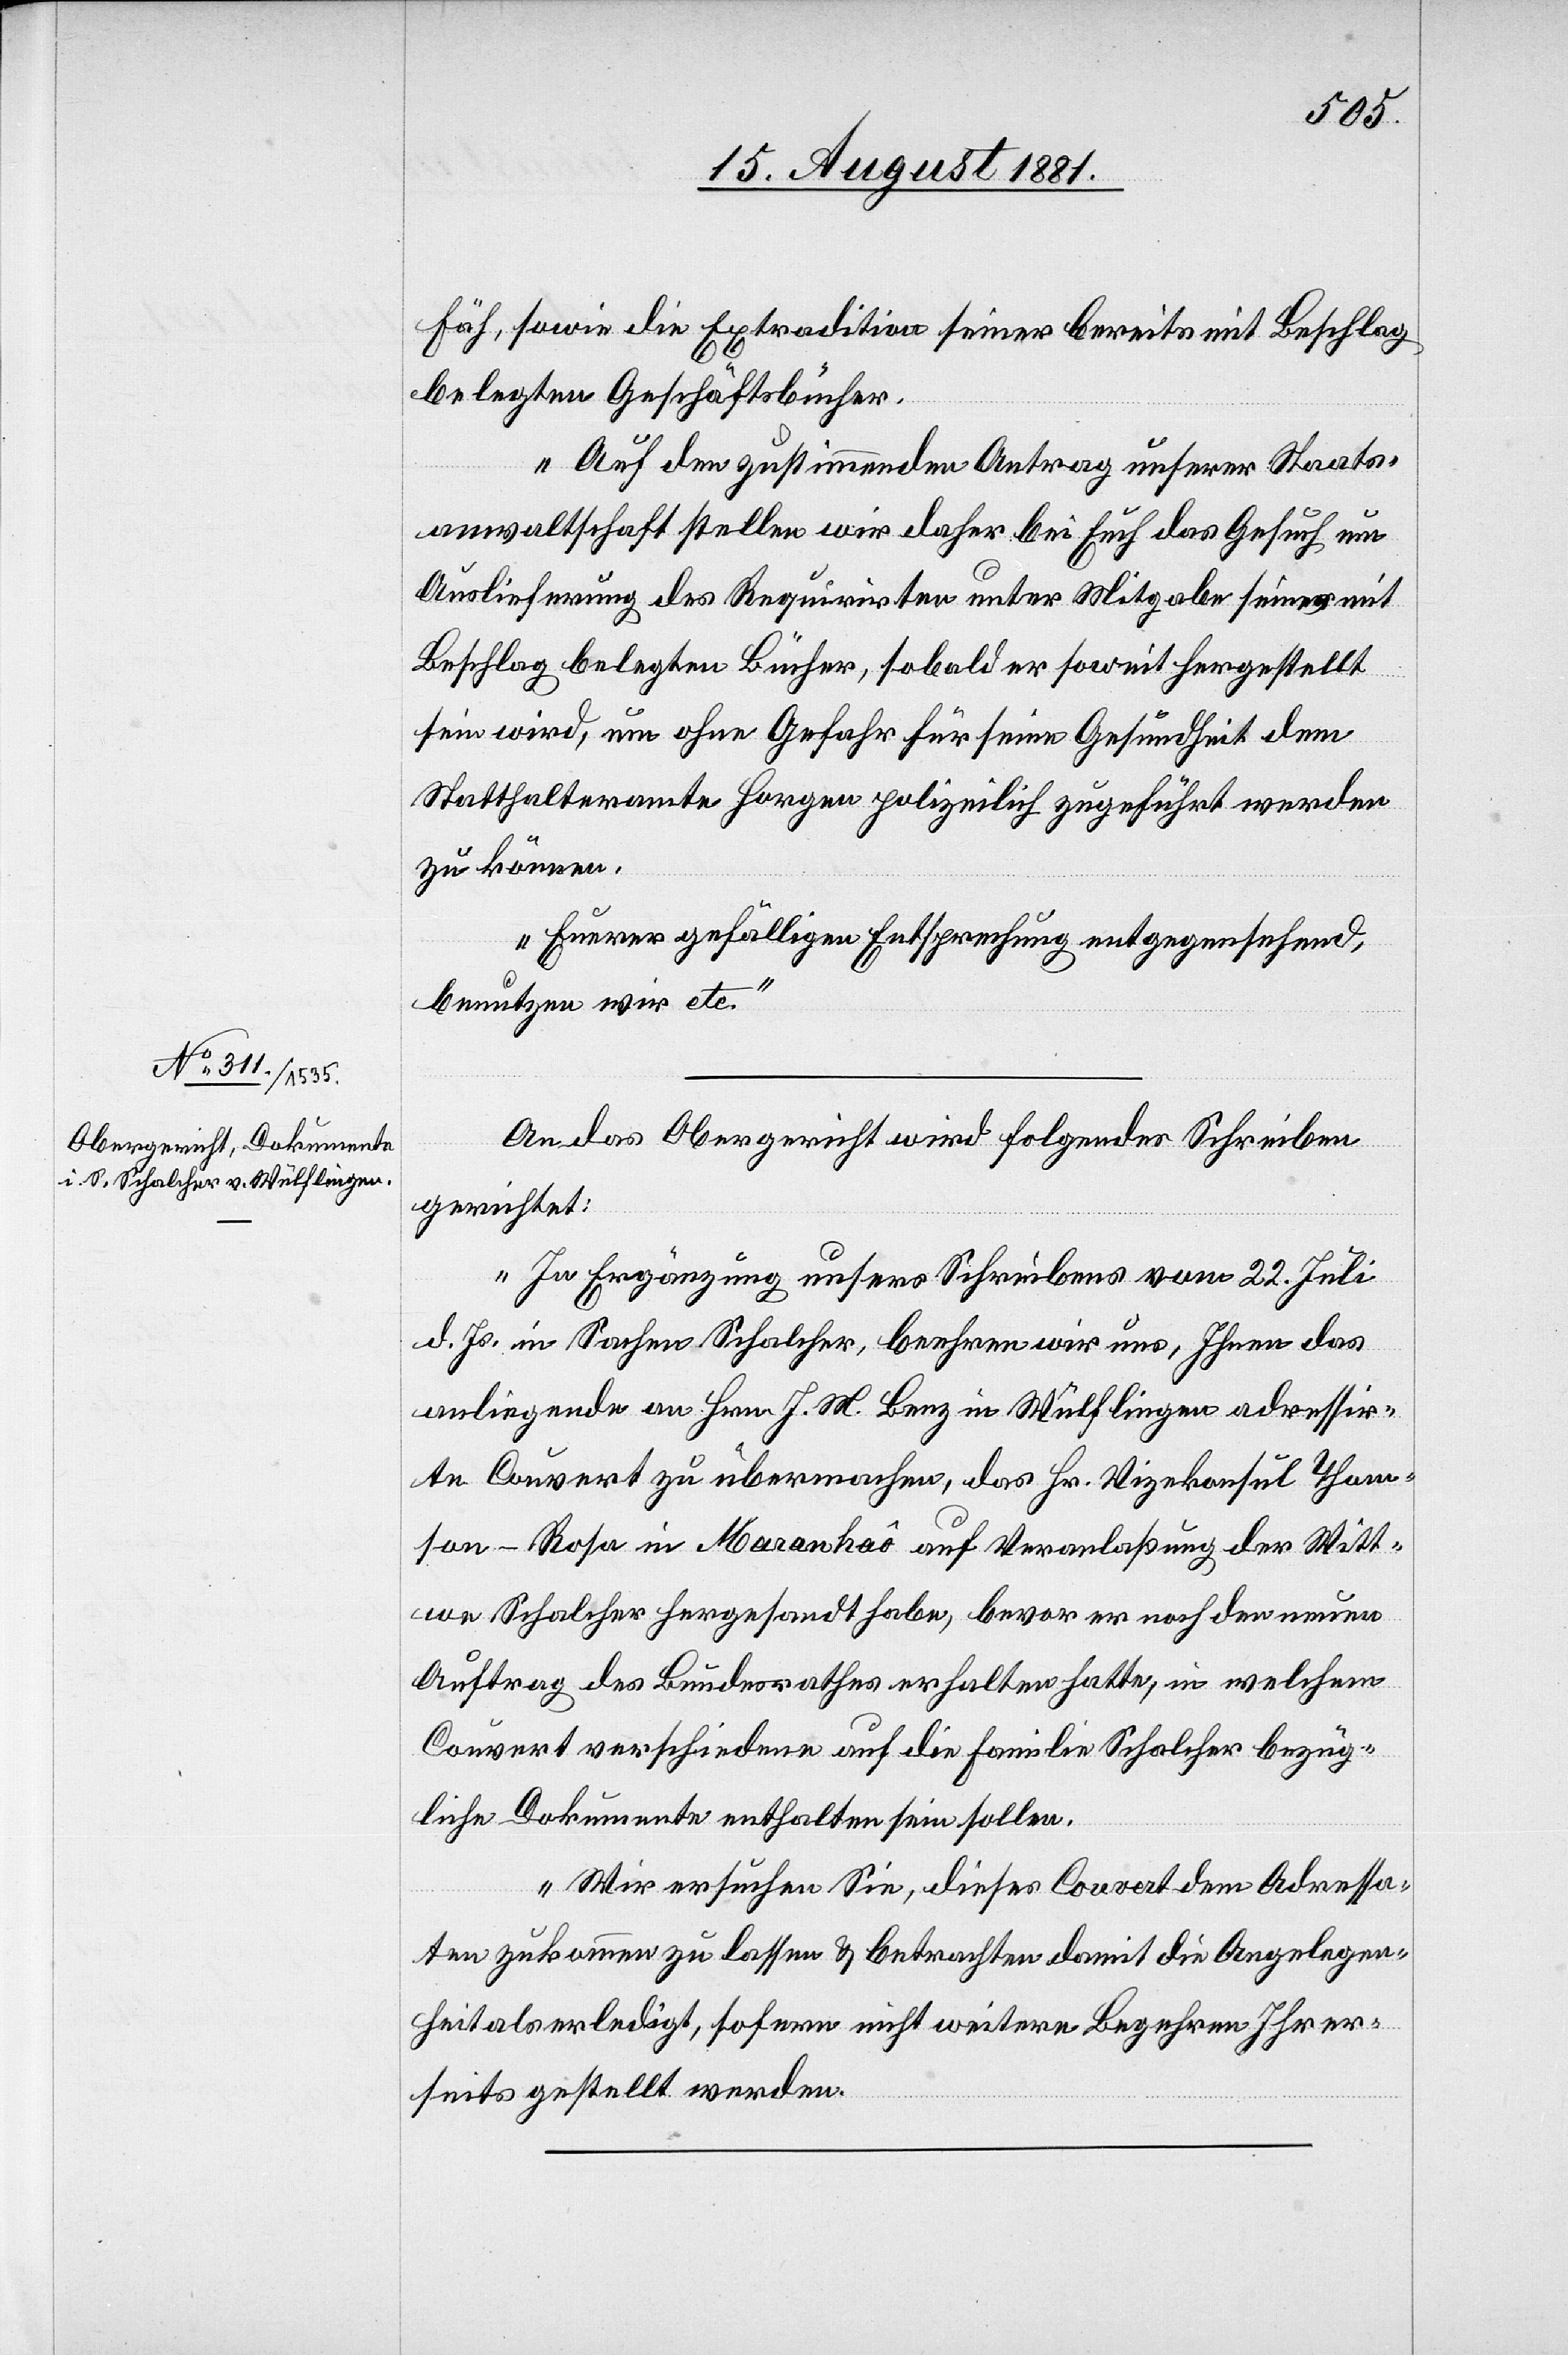
18. August 1881]
Fäh, sowie die Extradition seiner bereits mit Beschlag
belegten Geschäftsbücher.
Auf den zustimmenden Antrag unserer Staats¬
anwaltshaft stellen wir daher bei Euch das Gesuch um
Auslieferung des Requiriten unter Mitgabe seiner mit
Beschlag belegten Bücher, sobald er soweit hergestellt
sein wird, um ohne Gefahr für seine Gesundheit dem
Statthalteramte Horgen polizeilich zugeführt werden
zu können.
Euerer gefälligen Entsprechung entgegensehend,
benutzen wir etc.“
An das Obergericht wird folgendes Schreiben
gerichtet:
„In Ergänzung unsers Schreibens vom 22. Juli
d. Js. in Sachen Schalcher, beehren wir uns, Ihnen das
anliegende an Hrn. J. M. Benz in Wülflingen adressir¬
te Couvert zu übermachen, das Hr. Vizekonsul Thom¬
son-Rosa in Marankaô auf Veranlaßung der Witt¬
we Schalcher hergesandt habe, bevor er noch den neuen
Auftrag des Bundesrathes erhalten hatte, in welchem
Couvert verschiedenen auf die Familie Schalcher bezüg¬
liche Dokumente enthalten sein sollen.
Wir ersuchen Sie, dieses Couvert dem Adressa¬
ten zukommen zu lassen & betrachten damit die Angelegen¬
heit als erledigt, sofern nicht weitere Begehren Ihrer¬
seits gestellt werden.